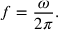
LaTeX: f = { \frac { \omega } { 2 \pi } } .